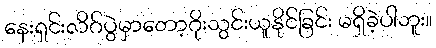
နေးရှင်းလိဂ်ပွဲမှာတော့ဂိုးသွင်းယူနိုင်ခြင်း မရှိခဲ့ပါဘူး။